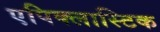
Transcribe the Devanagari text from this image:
एपिक्लास्टिक